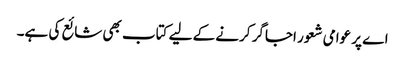
اے پر عوامی شعور اجاگر کرنے کے لیے کتاب بھی شائع کی ہے۔